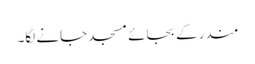
مندر کے بجائے مسجد جانے لگا۔